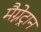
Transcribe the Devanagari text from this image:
मैग्नेट्रान